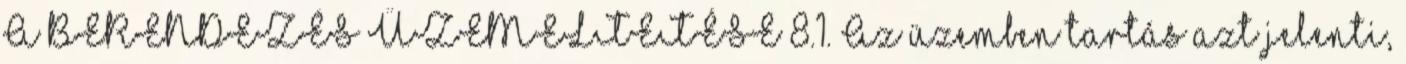
A BERENDEZÉS ÜZEMELTETÉSE 8.1. Az üzemben tartás azt jelenti,